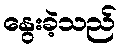
နွေးခဲ့သည်